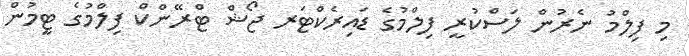
މި ފިލްމު ނެރުން ލަސްކުރީ ފިލްމުގެ ޑައިރެކްޓަރ ޖޯޝް ޓްރޭންކް ފިލްމުގެ ޓީމުން